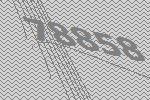
78858